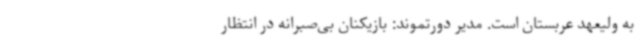
به ولیعهد عربستان است. مدیر دورتموند: بازیکنان بی‌صبرانه در انتظار